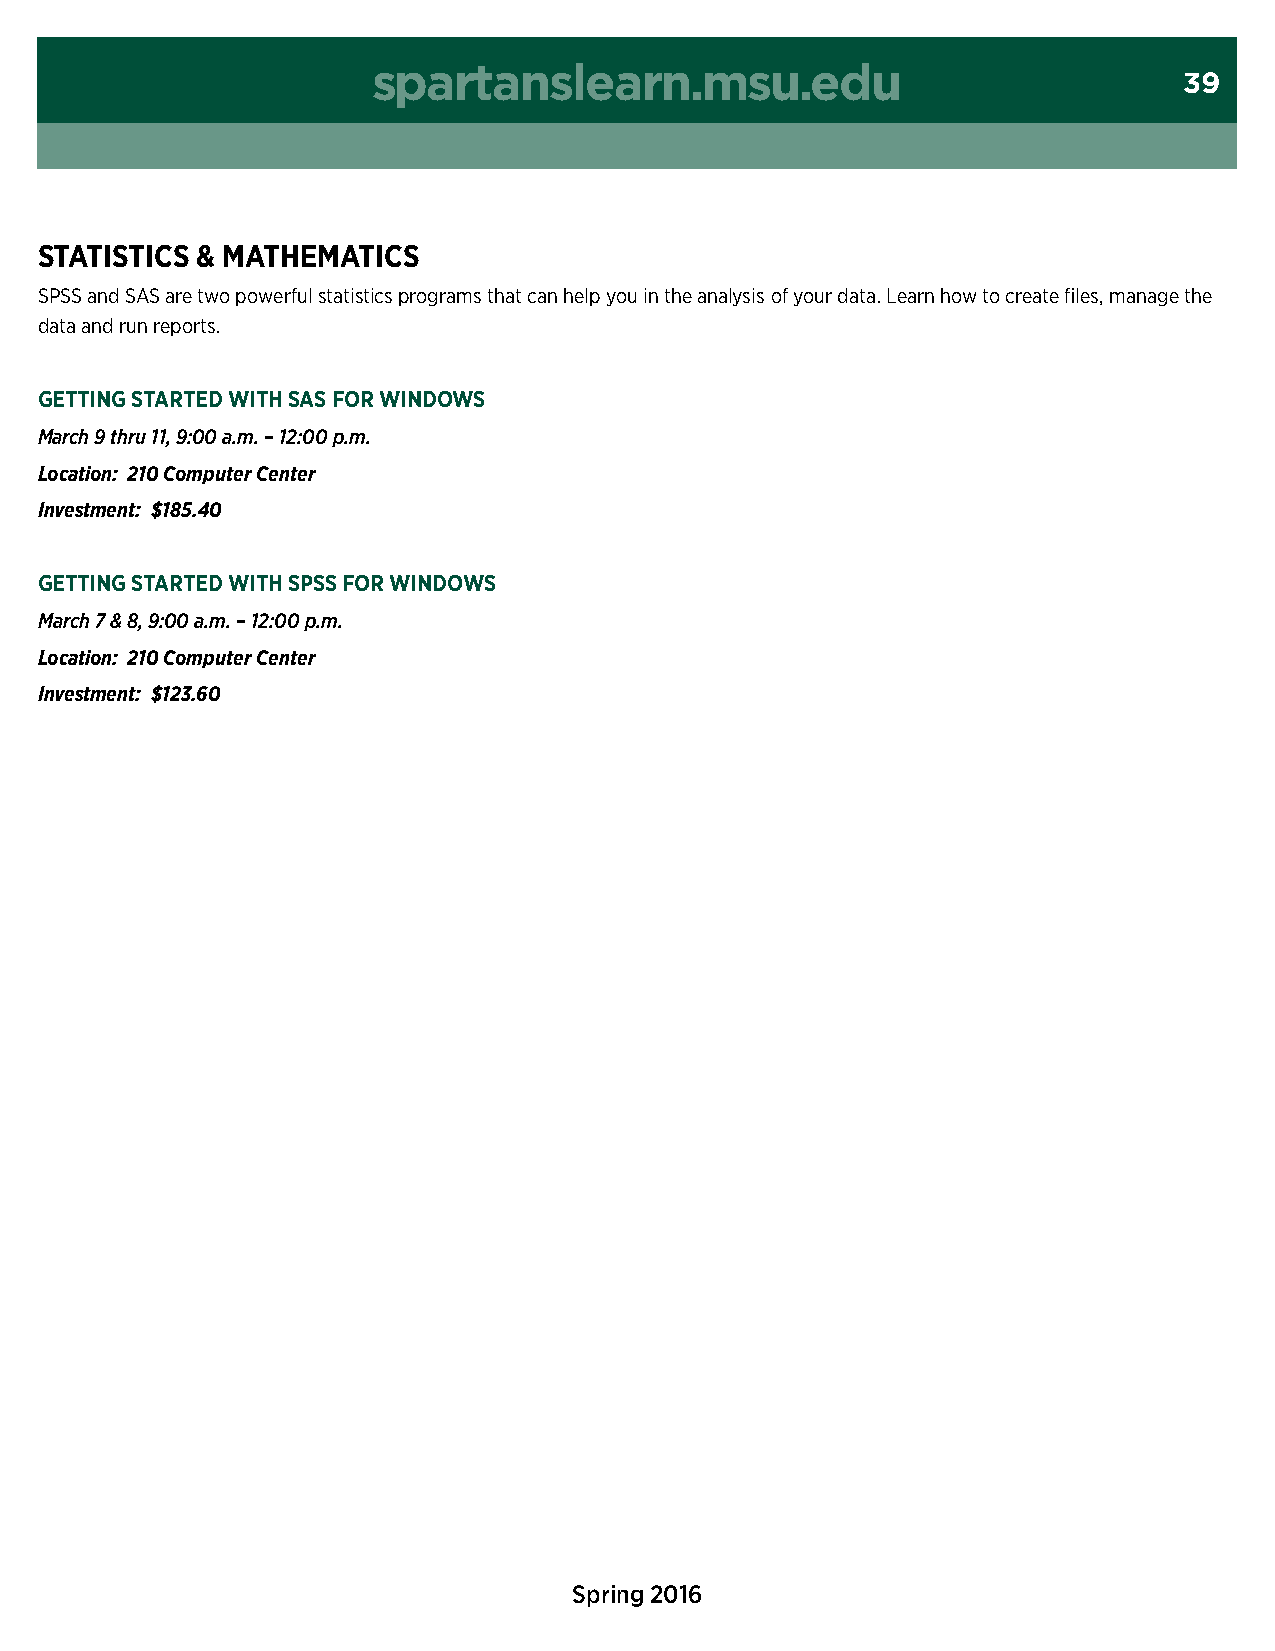
spartanslearn.msu.edu
 39
 statistics & MatHeMatics
 sPss and sAs are two powerful statistics programs that can help you in the analysis of your data. Learn how to create files, manage the
 data and run reports.
 getting started witH sas FOr windOws
 March 9 thru 11, 9:00 a.m. – 12:00 p.m.
 Location: 210 Computer Center
 Investment: $185.40
 getting started witH sPss FOr windOws
 March 7 & 8, 9:00 a.m. – 12:00 p.m.
 Location: 210 Computer Center
 Investment: $123.60
 Spring 2016